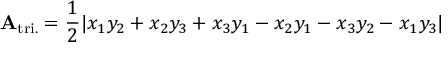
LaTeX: \mathbf { A } _ { \mathrm { t r i . } } = { \frac { 1 } { 2 } } | x _ { 1 } y _ { 2 } + x _ { 2 } y _ { 3 } + x _ { 3 } y _ { 1 } - x _ { 2 } y _ { 1 } - x _ { 3 } y _ { 2 } - x _ { 1 } y _ { 3 } |